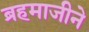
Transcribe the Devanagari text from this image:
ब्रहमाजीने